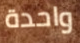
واحدة